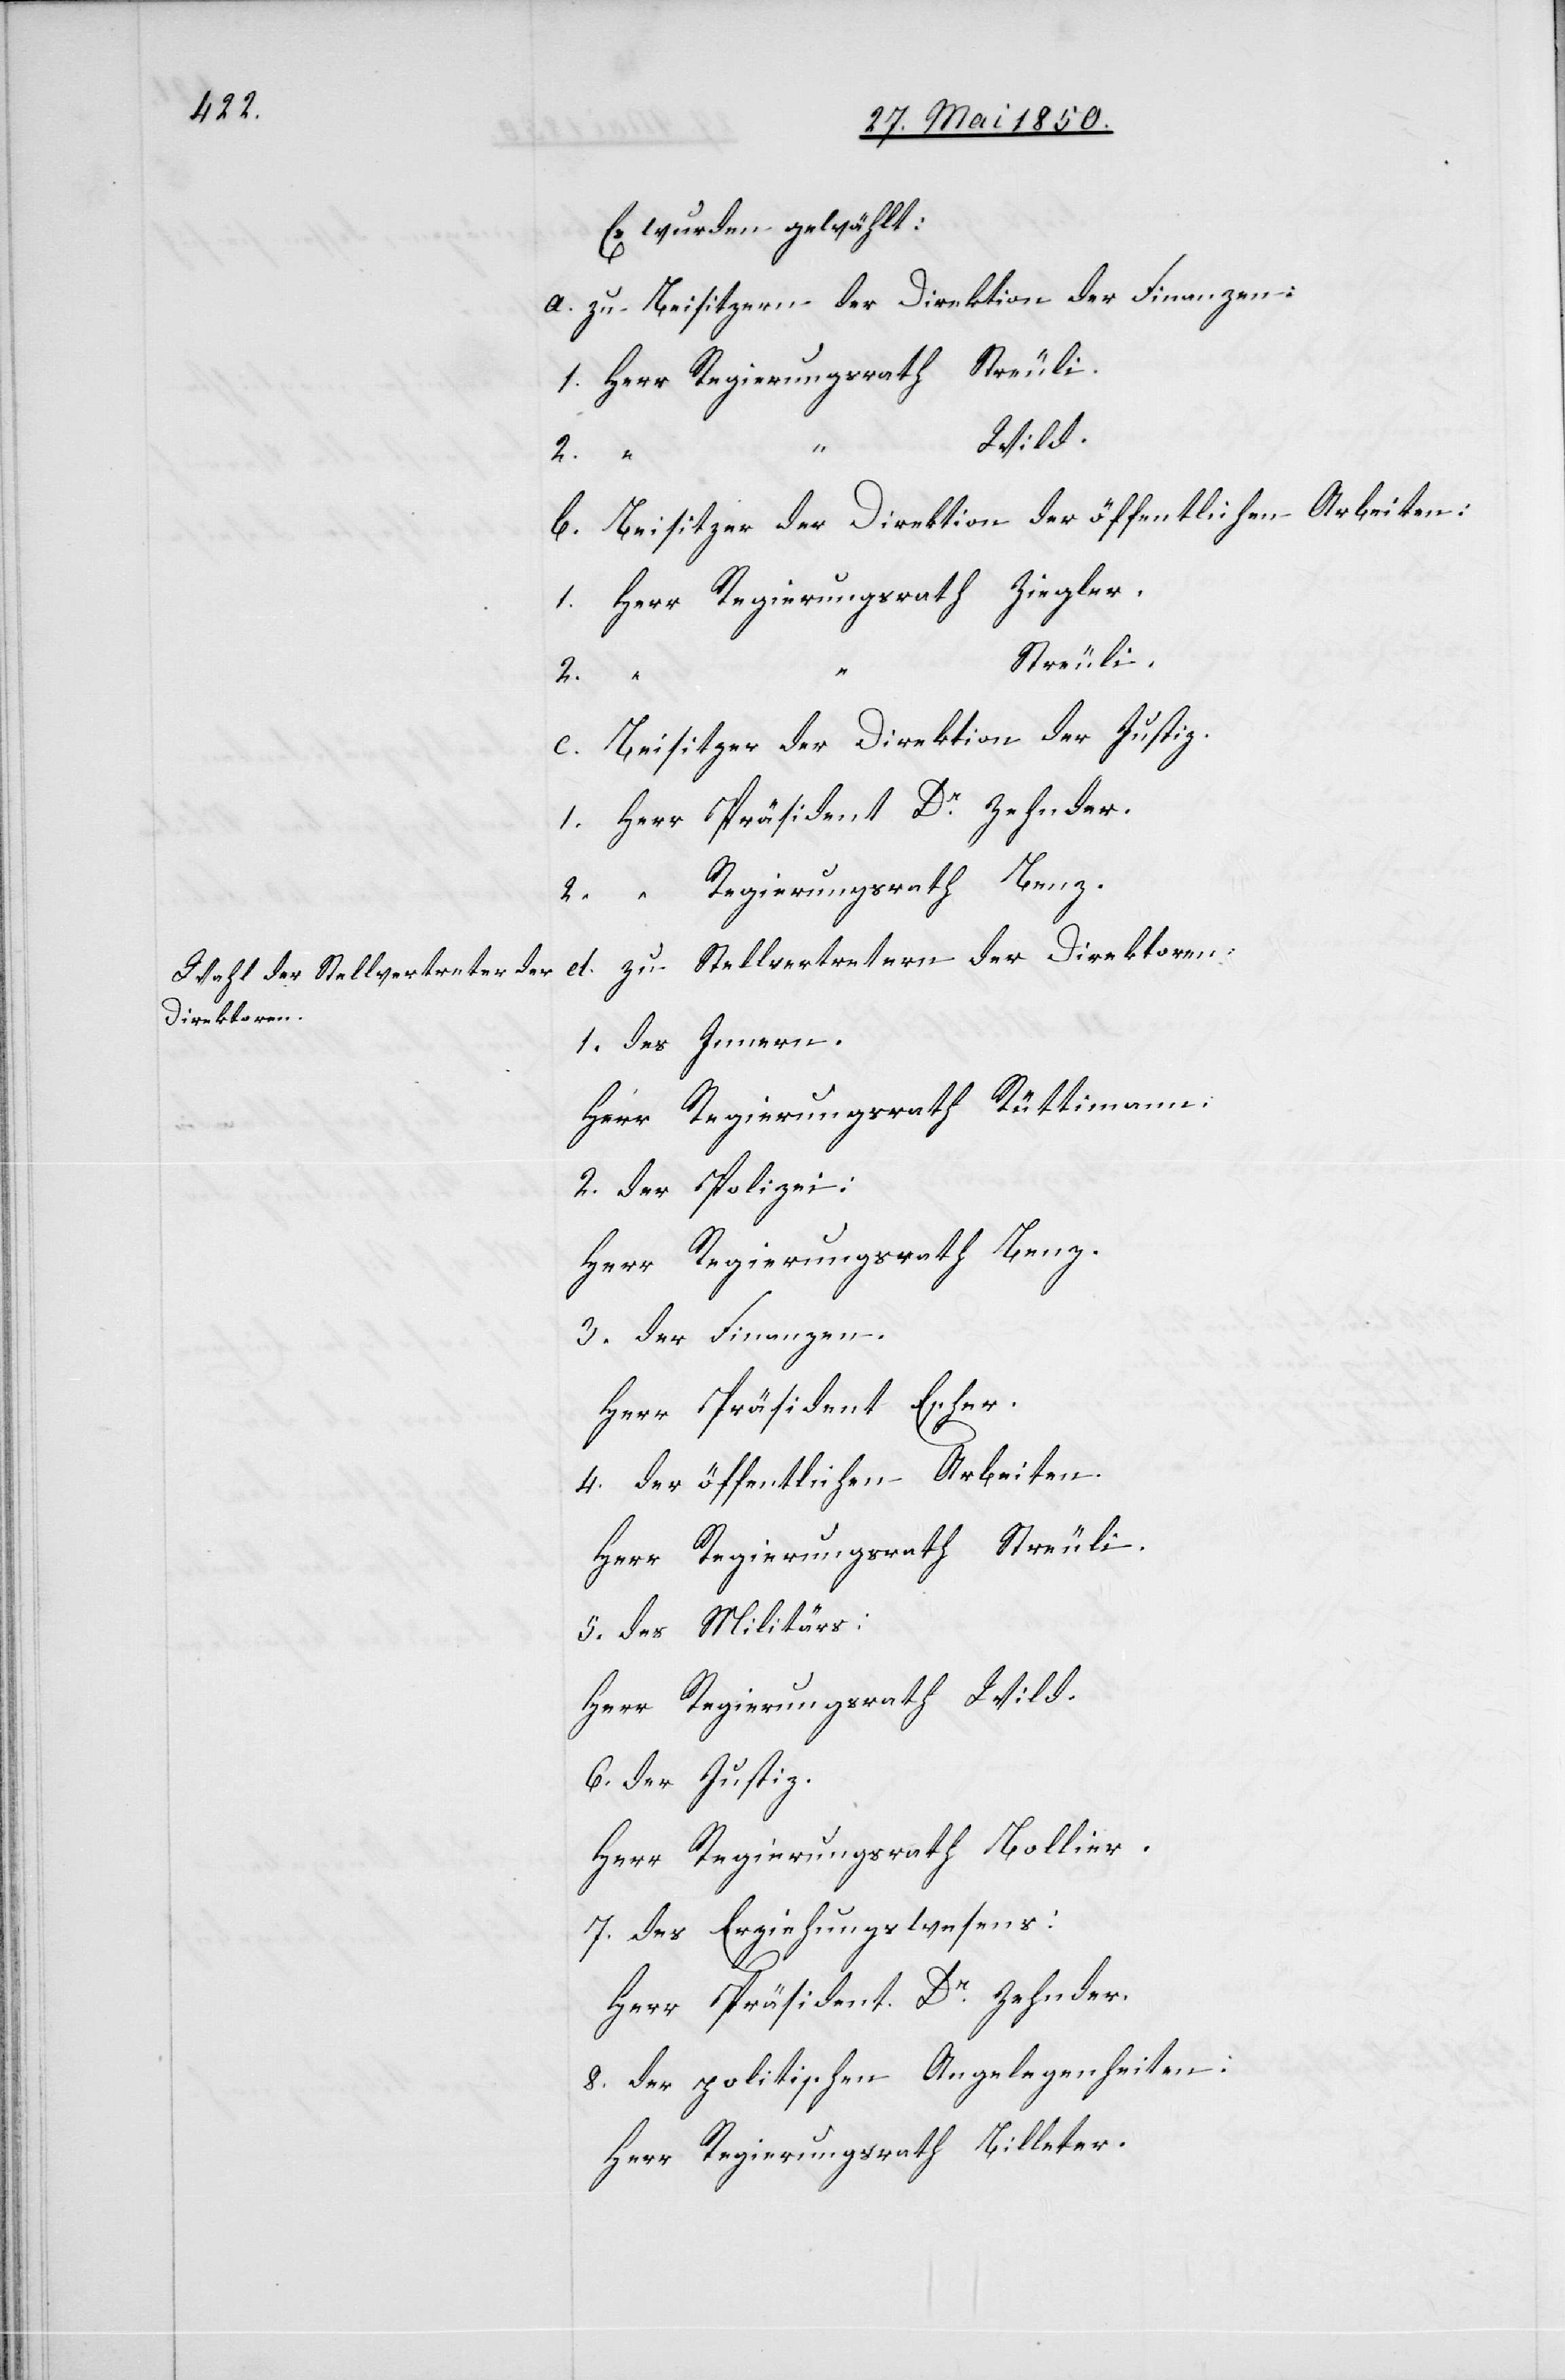
Es wurden gewählt:
a. zu Beisitzern der Direktion der Finanzen:
1. Herr	Regierungsrath	Streuli.
b. Beisitzer der Direktion der öffentlichen Arbeiten:
1. Herr	Regierungsrath	Ziegler.
“	Streuli.
2.
c. Beisitzer der Direktion der Justiz.
1. Herr	Präsident	Dr Zehnder.
“	Regierungsrath	Benz.
zu Stellvertretern der Direktoren:
et.
1. des Innern.
Herr Regierungsrath Rüttimann.
2. der Polizei:
Herr Regierungsrath Benz.
3. der Finanzen.
Herr Präsident Escher.
4. der öffentlichen Arbeiten.
Herr Regierungsrath Streuli.
5. des Militärs:
Herr Regierungsrath Wild.
6. der Justiz.
Herr Regierungsrath Bollier.
7. des Erziehungswesens:
Herr Präsident Dr Zehnder.
8. der politischen Angelegenheiten:
Herr Regierungsrath Billeter.